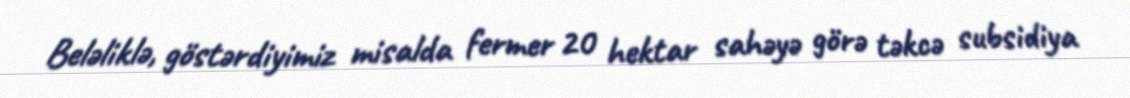
Beləliklə, göstərdiyimiz misalda fermer 20 hektar sahəyə görə təkcə subsidiya